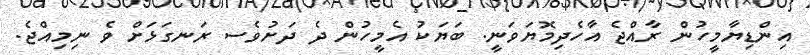
އިންޑިޔާމީހުން ރާއްޖެ އާހެދިމޮޔަވަނީ. ބަޔަކު އެމީހުން ދެ ދަށުވެސ ރަނގަޅަށް ވެ ނިމިއްޖެ.